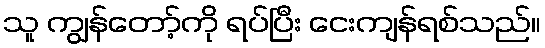
သူ ကျွန်တော့်ကို ရပ်ပြီး ငေးကျန်ရစ်သည်။